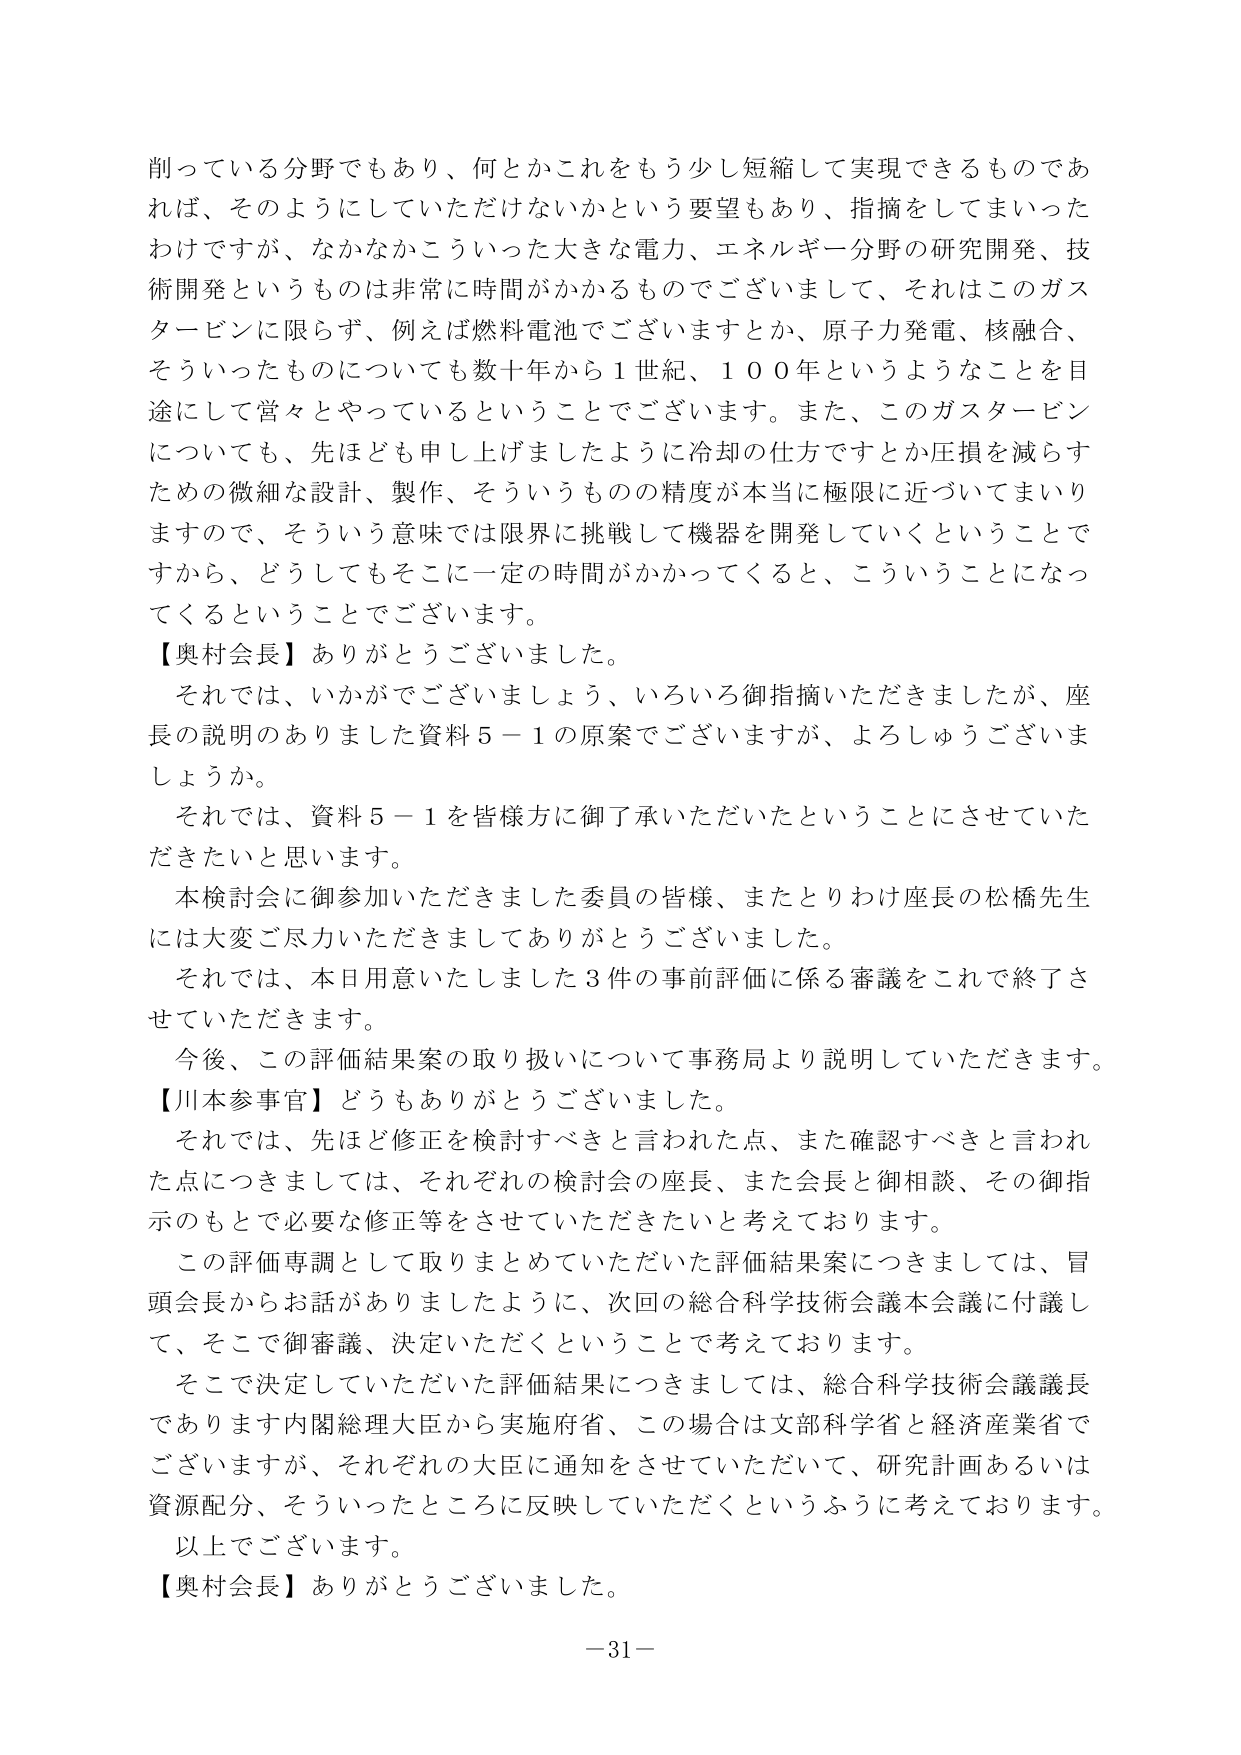
削っている分野でもあり、何とかこれをもう少し短縮して実現できるものであれば、そのようにしていただけないかという要望もあり、指摘をしてまいったわけですが、なかなかこういった大きな電力、エネルギー分野の研究開発、技術開発というものは非常に時間がかかるものでございまして、それはこのガスタービンに限らず、例えば燃料電池でございますとか、原子力発電、核融合、そういったものについても数十年から１世紀、１００年というようなことを目途にして営々とやっているということでございます。また、このガスタービンについても、先ほども申し上げましたように冷却の仕方ですとか圧損を減らすための微細な設計、製作、そういうものの精度が本当に極限に近づいてまいりますので、そういう意味では限界に挑戦して機器を開発していくということで、どうしてもそこに一定の時間がかかってくると、こういうことになってくるということでございます。

【奥村会長】ありがとうございました。

それでは、いかがでございましょう、いろいろ御指摘いただきましたが、座長の説明のありました資料５－１の原案でございますが、よろしうございますか。

それでは、資料５－１を皆様方に御了承いただいたということにさせていただきたいと思います。

本検討会に御参加いただきました委員の皆様、またとりわけ座長の松橋先生には大変ご尽力いただきましてありがとうございました。

それでは、本日用意いたしました３件の事前評価に係る審議をこれで終了させていただきます。

今後、この評価結果案の取り扱いについて事務局より説明していただきます。

【川本参事官】どうもありがとうございました。

それでは、先ほど修正を検討すべきと言われた点、また確認すべきと言われた点につきましては、それぞれの検討会の座長、また会長と御相談、その御指示のもとで必要な修正等をさせていただきたいと考えております。

この評価専調として取りまとめていただいた評価結果案につきましては、冒頭会長からお話がありましたように、次回の総合科学技術会議本会議に付議して、そこで御審議、決定いただくということで考えております。

そこで決定していただいた評価結果につきましては、総合科学技術会議議長であります内閣総理大臣から実施府省、この場合は文部科学省と経済産業省でございますが、それぞれの大臣に通知をさせていただいて、研究計画あるいは資源配分、そういったところに反映していただくというふうに考えております。

以上でございます。

【奥村会長】ありがとうございました。

－31－